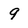
Character: 9